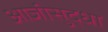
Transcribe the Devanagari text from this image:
आजीसुद्धा